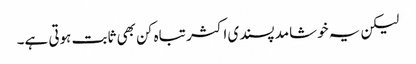
لیکن یہ خوشامد پسندی اکثر تباہ کن بھی ثابت ہوتی ہے۔